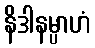
နိဒါနမ္ပာဟံ